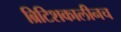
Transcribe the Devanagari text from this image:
ब्रिटिशकालीनच